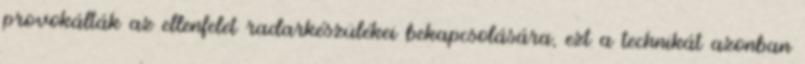
provokálták az ellenfelet radarkészülékei bekapcsolására, ezt a technikát azonban